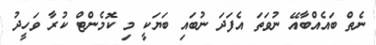
ނެތް ބައެއްބާއޭ ނުވަތަ އެފަދަ ނުބައި ބަޔަކީ މި ކޮމެންޓް ކުރާ ވަހީދު